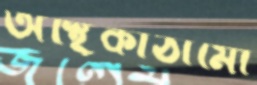
অস্থিকাঠামো